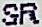
SR